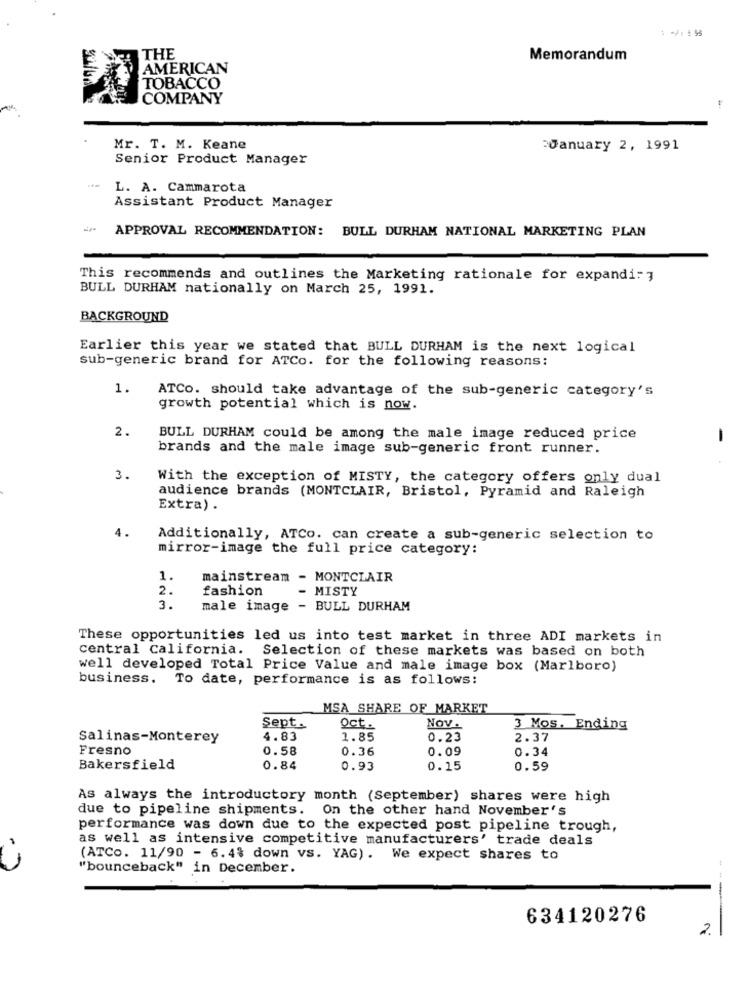
THE
Memorandum
AMERICAN
TOBACCO
COMPANY
Mr. T. M. Keane
January 2, 1991
Senior Product Manager
L. A. Cammarota
Assistant Product Manager
APPROVAL RECOMMENDATION: BULL DURHAM NATIONAL MARKETING PLAN
This recommends and outlines the Marketing rationale for expandi: 3
BULL DURHAM nationally on March 25, 1991.
BACKGROUND
Earlier this year we stated that BULL DURHAM is the next logical
sub-generic brand for ATCo. for the following reasons:
1.
ATCo. should take advantage of the sub-generic category's
growth potential which is now.
2.
BULL DURHAM could be among the male image reduced price
brands and the male image sub-generic front runner.
3.
With the exception of MISTY, the category offers only dual
audience brands (MONTCLAIR, Bristol, Pyramid and Raleigh
Extra) .
4.
Additionally, ATCo. can create a sub-generic selection to
mirror-image the full price category:
1.
mainstream - MONTCLAIR
2.
fashion
MISTY
3.
male image - BULL DURHAM
These opportunities led us into test market in three ADI markets in
central California. Selection of these markets was based on both
well developed Total Price Value and male image box (Marlboro)
business. To date, performance is as follows:
MSA SHARE OF MARKET
Sept.
Oct.
NOv .
3 Mos, Ending
Salinas-Monterey
4.83
1.85
0.23
2.37
Fresno
0.58
0.36
0.09
0.34
Bakersfield
0.84
0.93
0.15
0.59
As always the introductory month (September) shares were high
due to pipeline shipments. On the other hand November's
performance was down due to the expected post pipeline trough,
as well as intensive competitive manufacturers' trade deals
(ATCo. 11/90 - 6.4% down vs. YAG). We expect shares to
"bounceback" in December.
--
634120276
2.